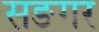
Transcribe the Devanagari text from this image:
सङगर